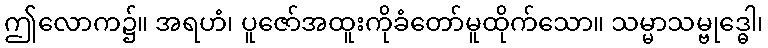
ဤလောက၌။ အရဟံ၊ ပူဇော်အထူးကိုခံတော်မူထိုက်သော။ သမ္မာသမ္ဗုဒ္ဓေါ၊